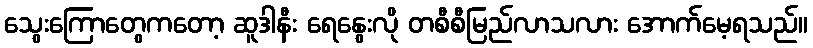
သွေးကြောတွေကတော့ ဆူဒါနီး ရေနွေးလို တစီစီမြည်လာသလား အောက်မေ့ရသည်။